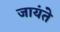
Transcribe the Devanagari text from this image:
जायंते